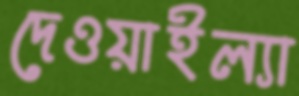
দেওয়াইল্যা